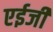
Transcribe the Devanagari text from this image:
एईजी